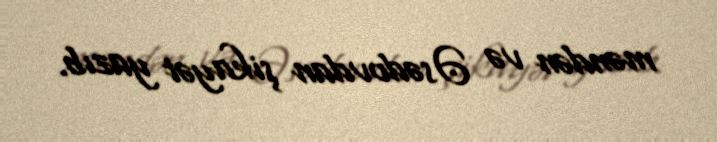
məndən və Əsədovdan şikayət yazıb.